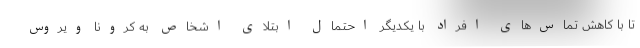
تا با کاهش تماس‌های افراد با یکدیگر احتمال ابتلای اشخاص به کرونا ویروس